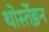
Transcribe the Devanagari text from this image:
थोर्स्तेइन